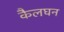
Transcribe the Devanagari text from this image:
कैलघन